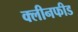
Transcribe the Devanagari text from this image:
क्लीनफीड